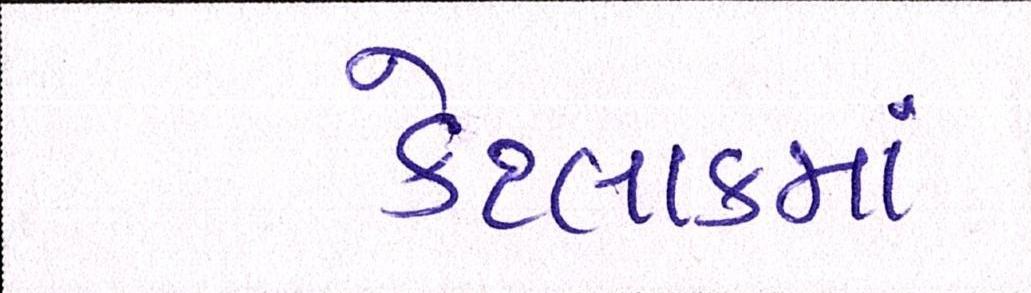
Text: કેટલાકમાં